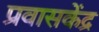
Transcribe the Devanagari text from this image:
प्रवासकेंद्र